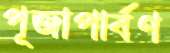
পূজাপার্বণ